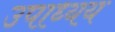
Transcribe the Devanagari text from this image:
उपाध्यय